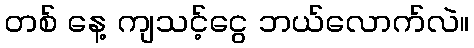
တစ် နေ့ ကျသင့်ငွေ ဘယ်လောက်လဲ။